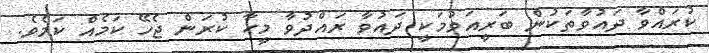
ކުރައްވާ ދައުވާތަކުން ބަރީއަވުމަކީ ދައުވާ ރައްދުވާ މީހާ ކުރަން ޖެހޭ ކަމެއް ކަމެވެ.